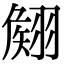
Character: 𮋊